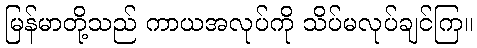
မြန်မာတို့သည် ကာယအလုပ်ကို သိပ်မလုပ်ချင်ကြ။